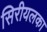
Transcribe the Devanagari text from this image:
सिरीयलका